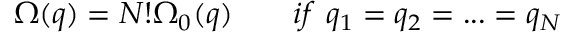
\Omega ( q ) = N ! \Omega _ { 0 } ( q ) \qquad i f \ q _ { 1 } = q _ { 2 } = . . . = q _ { N }